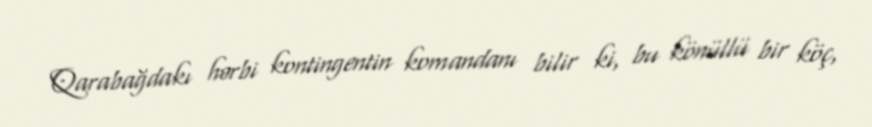
Qarabağdakı hərbi kontingentin komandanı bilir ki, bu könüllü bir köç,